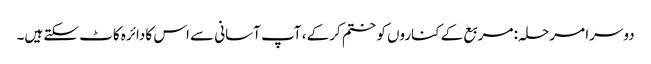
دوسرا مرحلہ: مربع کے کناروں کو ختم کرکے ، آپ آسانی سے اس کا دائرہ کاٹ سکتے ہیں۔